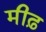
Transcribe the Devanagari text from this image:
मीढ़